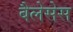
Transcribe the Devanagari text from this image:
बैलेसेस